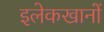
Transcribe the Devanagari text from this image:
इलेकखानों